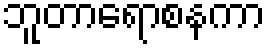
ဘူတာရောစနကာ